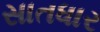
સાતધાર